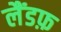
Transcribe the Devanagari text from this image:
लैंडफ़